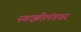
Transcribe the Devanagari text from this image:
स्वाझीलंडवर